Vaccination in Bombay 1856-1862 - 1856-1862
Year: 1856
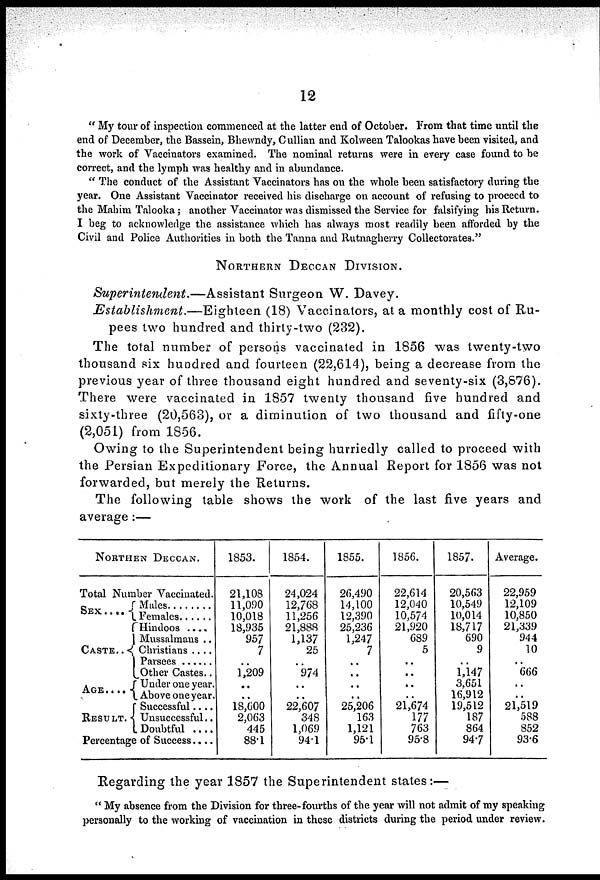
12
" My tour of inspection commenced at the latter end of October. From that time until the
end of December, the Bassein, Bhewndy, Cullian and Kolween Talookas have been visited, and
the work of Vaccinators examined. The nominal returns were in every case found to be
correct, and the lymph was healthy and in abundance.
" The conduct of the Assistant Vaccinators has on the whole been satisfactory during the
year. One Assistant Vaccinator received his discharge on account of refusing to proceed to
the Mahim Talooka; another Vaccinator was dismissed the Service for falsifying his Return.
I beg to acknowledge the assistance which has always most readily been afforded by the
Civil and Police Authorities in both the Tanna and Rutnagherry Collectorates."
NORTHERN DECCAN DIVISION.
Superintendent.—Assistant
Surgeon W. Davey.
Establishment.—Eighteen
(18) Vaccinators, at a monthly cost of Ru-
pees two hundred and thirty-two (232).
The total number of persons vaccinated in 1856 was twenty-two
thousand six hundred and fourteen (22,614), being a decrease from the
previous year of three thousand eight hundred and seventy-six (3,876).
There were vaccinated in 1857 twenty thousand five hundred and
sixty-three (20,563), or a diminution of two thousand and fifty-one
(2,051) from 1856.
Owing to the Superintendent being hurriedly called to proceed with
the Persian Expeditionary Force, the Annual Report for 1856 was not
forwarded, but merely the Returns.
The following table shows the work of the last five years and
average :—
NORTHEN DECCAN.
Total Number Vaccinated.
SEX....
CASTE..
AGE....
RESULT.
Male ........
Female ......
Hindoos ....
Mussalmans ..
Christians ....
Parsees ......
Other Castes..
Under one year.
Above one year.
Successful ....
Unsuccessful..
Doubtful ....
Percentage of Success....
1853.
21,108
11,090
10,018
18,935
957
7
..
1,209
..
..
18,600
2,063
445
88.1
1854.
24,024
12,768
11,256
21,888
1,137
25
..
974
..
..
22,607
348
1,069
94.1
1855.
26,490
14,100
12,390
25,236
1,247
7
..
..
..
..
25,206
163
1,121
95.1
1856.
22,614
12,040
10,574
21,920
689
5
..
..
..
..
21,674
177
763
95.8
1857.
20,563
10,549
10,014
18,717
690
9
..
1,147
3,651
16,912
19,512
187
864
94.7
Average.
22,959
12,109
10,850
21,339
944
10
..
666
..
..
21,519
588
852
93.6
Regarding the year 1857 the Superintendent states:—
" My absence from the Division for three-fourths of the year will not admit of my speaking
personally to the working of vaccination in these districts during the period under review.